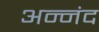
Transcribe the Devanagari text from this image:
अन्नंद